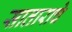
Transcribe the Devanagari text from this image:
साताराचे